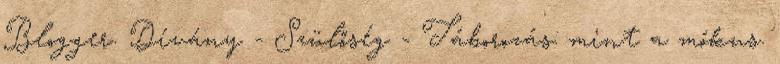
Blogger. Dívány - Szülőség - Táborozás: mint a mókus.